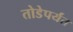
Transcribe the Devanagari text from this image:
तोडेपर्यंत